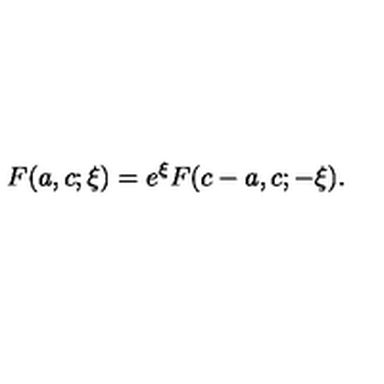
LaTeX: F ( a , c ; \xi ) = e ^ { \xi } F ( c - a , c ; - \xi ) .